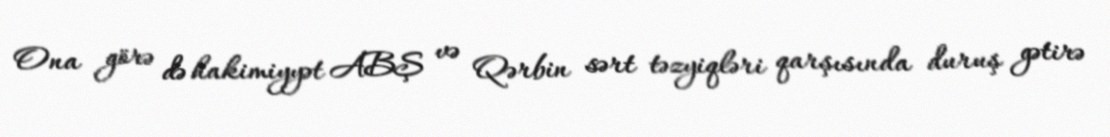
Ona görə də hakimiyyət ABŞ və Qərbin sərt təzyiqləri qarşısında duruş gətirə